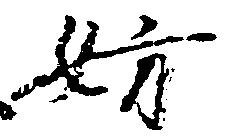
妨